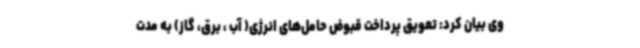
وی بیان کرد: تعویق پرداخت قبوض حامل‌های انرژی( آب ، برق، گاز) به مدت